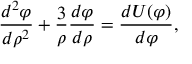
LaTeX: { \frac { d ^ { 2 } \varphi } { d \rho ^ { 2 } } } + { \frac { 3 } { \rho } } { \frac { d \varphi } { d \rho } } = { \frac { d U ( \varphi ) } { d \varphi } } ,